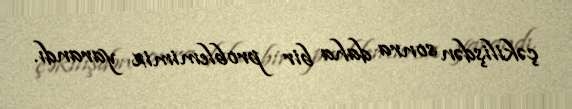
çəkilişdən sonra daha bir problemimiz yarandı.